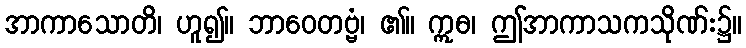
အာကာသောတိ၊ ဟူ၍။ ဘာဝေတဗ္ဗံ၊ ၏။ ဣဓ၊ ဤအာကာသကသိုဏ်း၌။